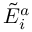
{ \tilde { E } } _ { i } ^ { a }